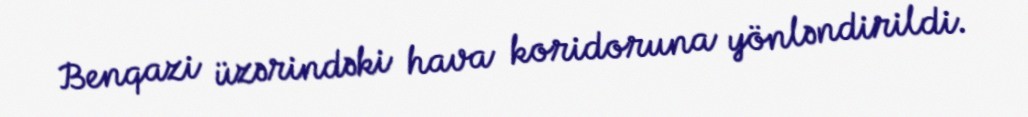
Benqazi üzərindəki hava koridoruna yönləndirildi.